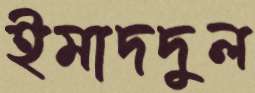
ইমাদদুল